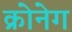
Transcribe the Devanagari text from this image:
क्रोनेग